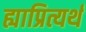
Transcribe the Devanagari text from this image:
ह्याप्रित्यर्थ